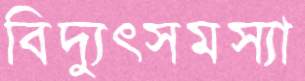
বিদ্যুৎসমস্যা